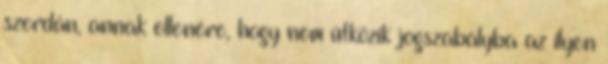
szerdán, annak ellenére, hogy nem ütközik jogszabályba az ilyen